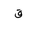
Letter: _qaf